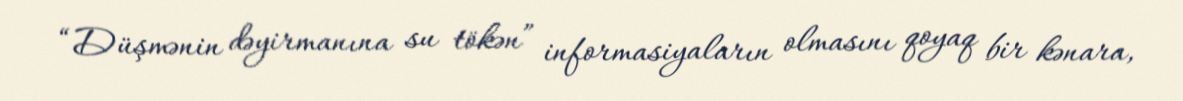
“Düşmənin dəyirmanına su tökən” informasiyaların olmasını qoyaq bir kənara,